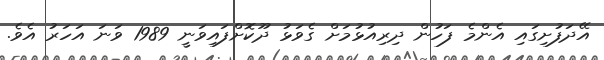
އޭދަފުށިގައި އެންމެ ފަހުން ދިރިއުޅުމަށް ގެވަޅު ދޫކޮށްފައިވަނީ 1989 ވަނަ އަހަރު އެވެ.